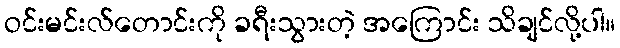
ဝင်းမင်းလ်တောင်းကို ခရီးသွားတဲ့ အကြောင်း သိချင်လို့ပါ။